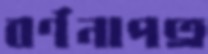
বর্ণনাপত্র